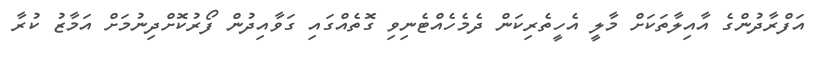
އަފްރާދުންގެ އާއިލާތަކަށް މާލީ އެހީތެރިކަން ދެމެހެއްޓެނިވި ގޮތެއްގައި ގަވާއިދުން ފޯރުކޮށްދިނުމަށް އަމާޒު ކުރާ